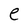
Character: e